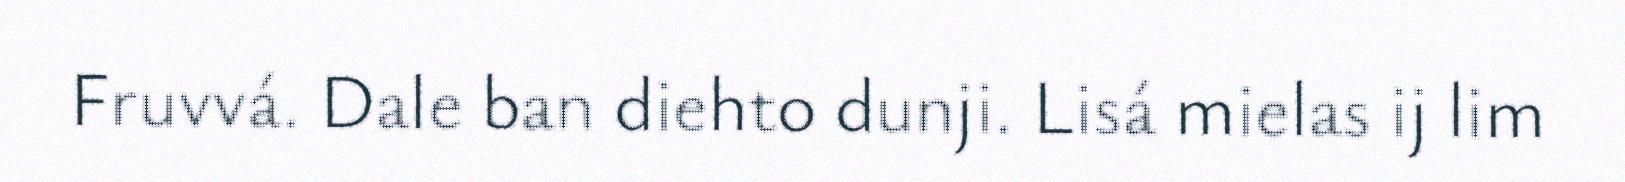
Fruvvá. Dale ban diehto dunji. Lisá mielas ij lim